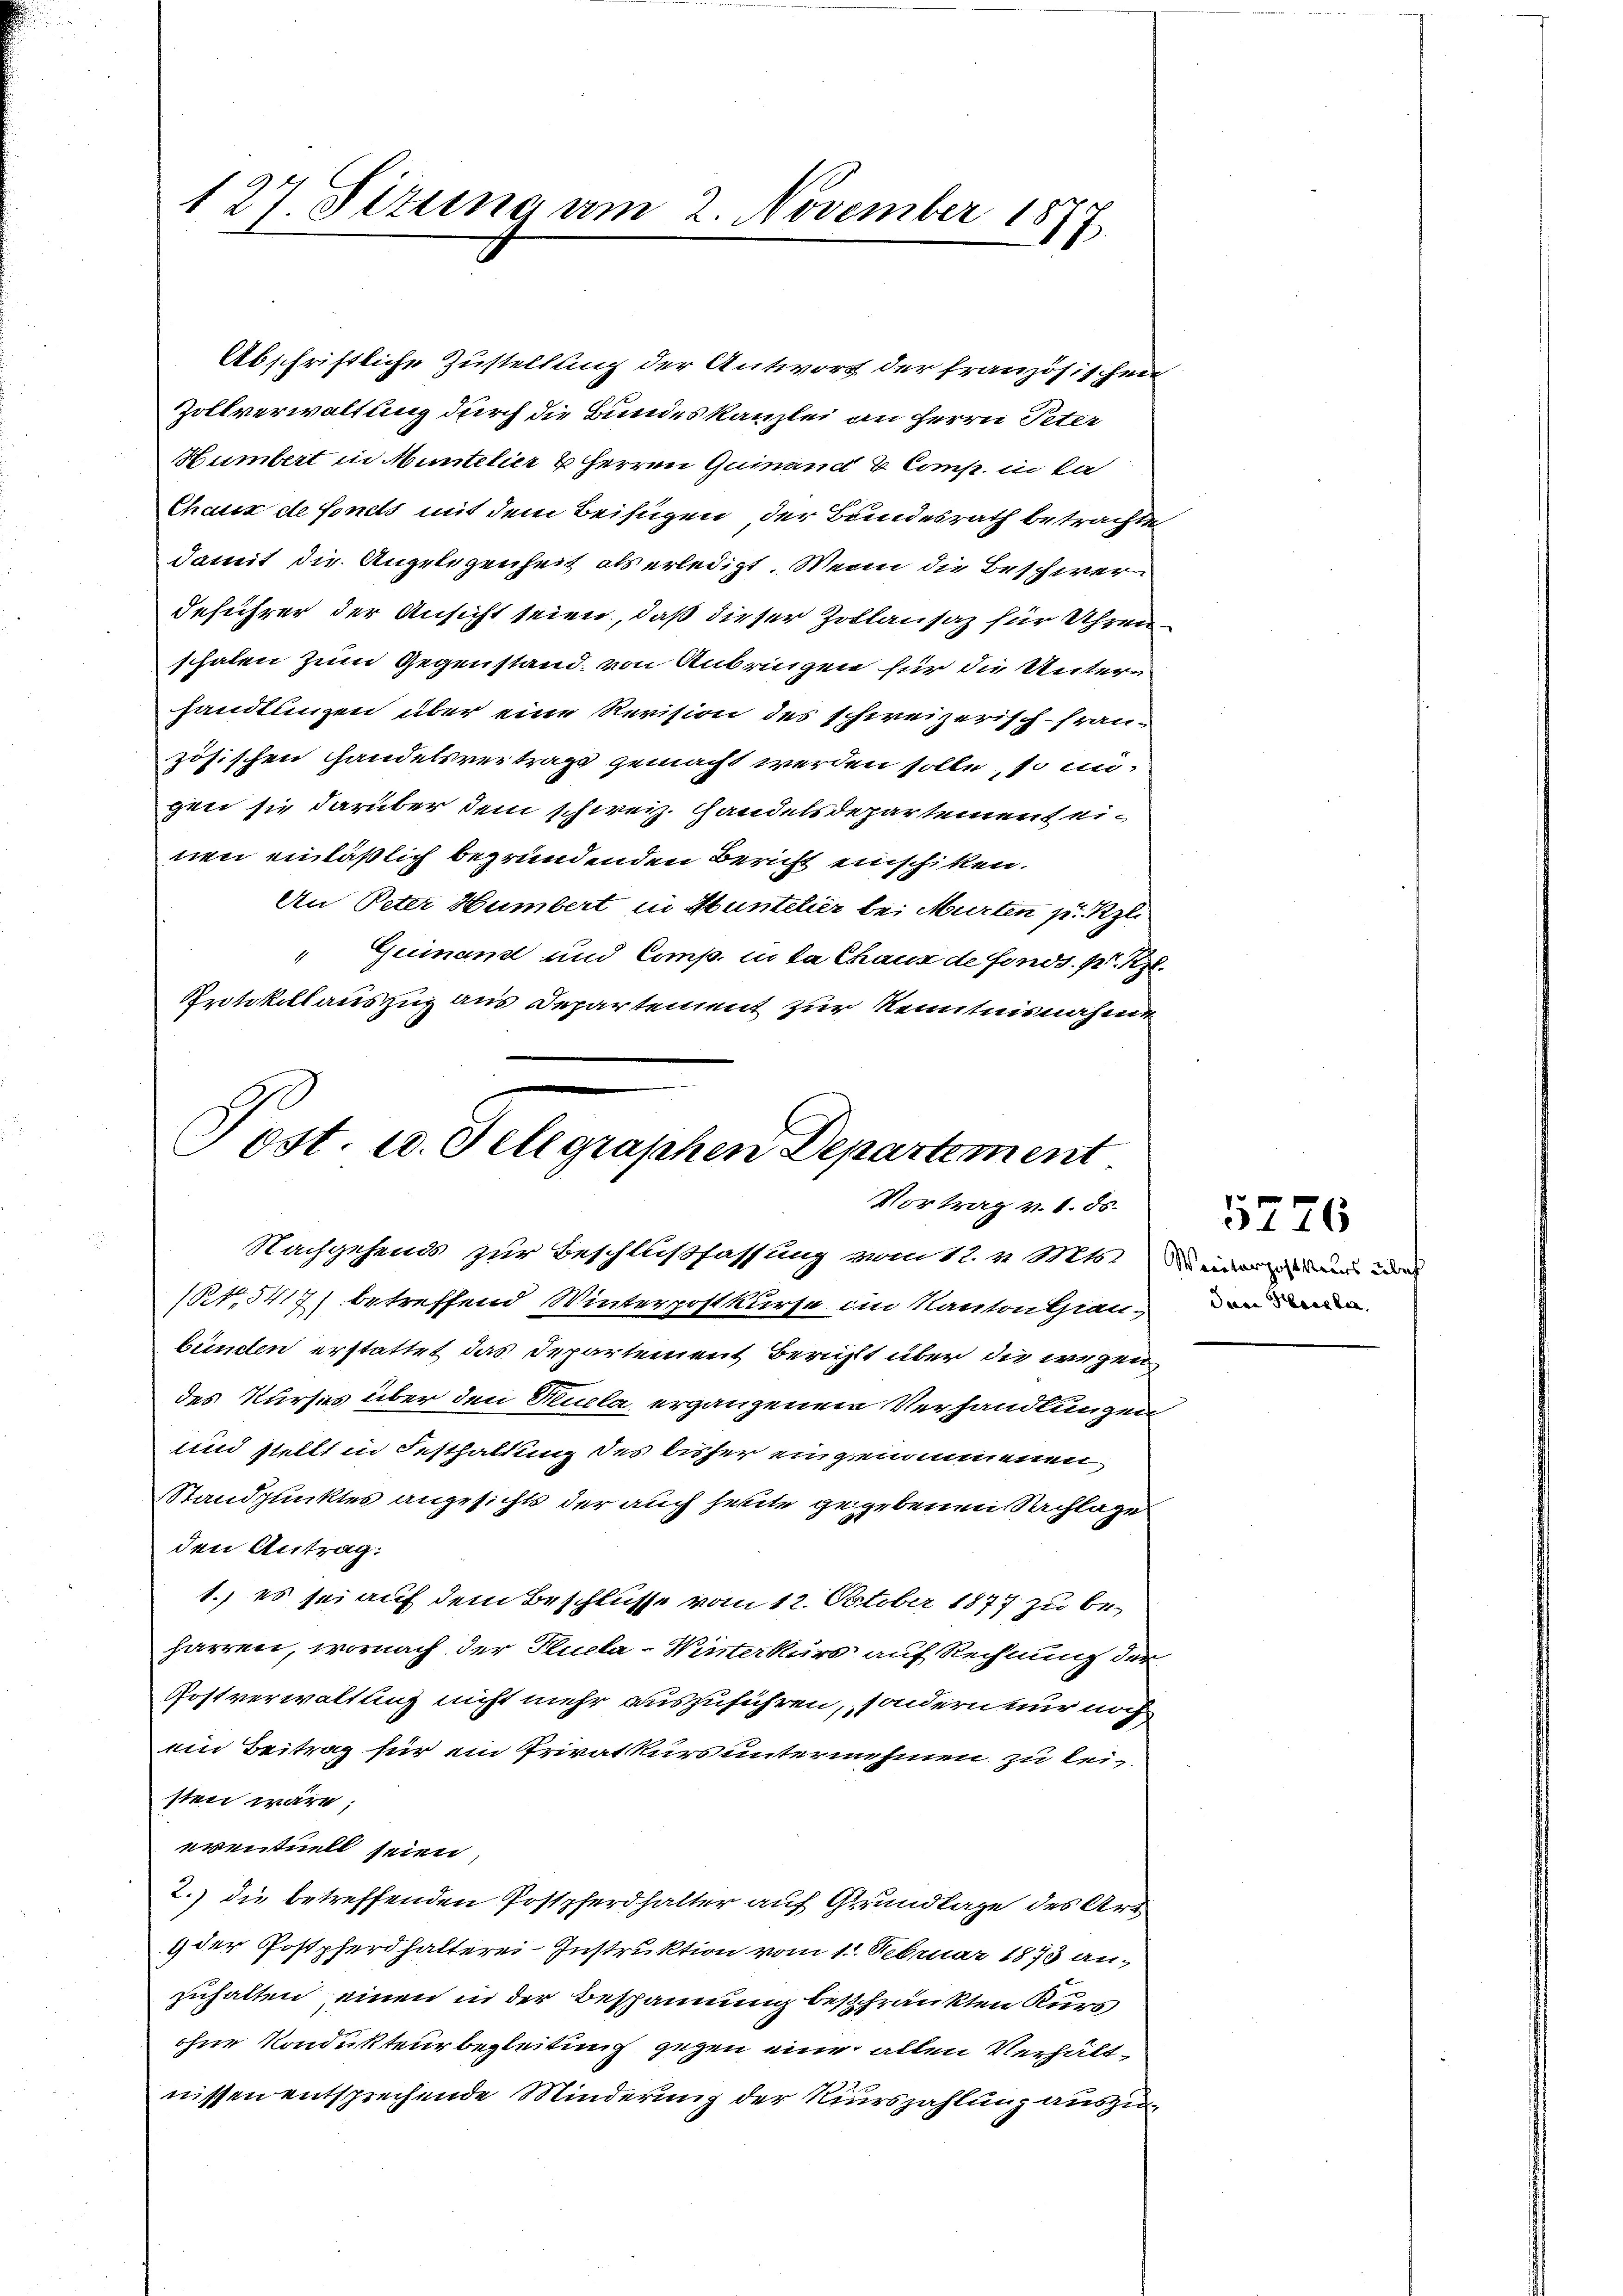
127 Sizung am 2. November 18
17

Abschriftliche Zustellung der Antwort der französischen
Zollverwaltung durch die Bundeskanzlei an Herrn Peter
Humbert in Muntelier & Herren Quinand & Comp. in da
Chaux de fonds mit dem Beifügen der Bundesrath betrachte
damit die Angelegenheit als erledigt. Wenn die Beschwerdeführer der Ansicht seien, daß dieser Zollausaz für Uhrenschalen zum Gegenstand, von Anbringen für die Unter-
handlungen über eine Revision des schweizerisch-fran-
zösischen Handelsvertrag gemacht werden solle, so nu-
gen sie darüber dem schweiz. Handelsdepartement einen einläßlich begründenden Bericht einschiken.
An Peter Humbert in Hüntelier bei Murten zu Rzli
" Guinand und Comp. in da Chaus de fonds. P. Rzl.
Protokollauszug aus Departement zur Kenntnisnahme
Nachgehends zur Beschlußfassung vom 12. v. Mts. Deiner und was
(15417) betreffend Winterpostkurse im Kanton Graubünden erstattet das Departement Bericht über die wegen
des Kurses über den Ruela erganzenen Verhandlungen
und stellt in Festhaltung des bisher eingenommenen
Standpunktes angesichts der auch heute gegebenen Sachlage
den Antrag:
1.) es sei auf dem Beschlüsse vom 12. October 1877 zu be-
harren, wornach der Plucla-Winterkurs auf Rechnung der
Postverwaltung nicht mehr auszuführen, sondern nur noch
em Beitrag für ein Privatkurs unternehmen zu leisten wäre;
eventuell seien,
2.) die betreffenden Postpferdhalter auf Grundlage des Art
9 der Postpferdhalterei Instruktion vom 1. Februar 1873 anzuhalten einen in der Bespannung beschränkten Kurs
ohne Kondukteur begleitung gegen eine allen Verhältnissen entsprechende Minderung der Kurszahlung auszu¬

Post. 10. Telegraphen Departement
Vortrag v. 1. ds.

Juan Hackler

5776